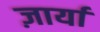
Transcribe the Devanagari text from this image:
ज़ार्या